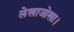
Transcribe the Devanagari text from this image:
लेखाजोखा।